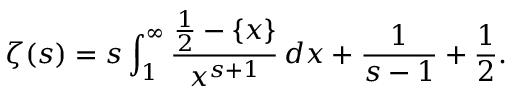
\zeta ( s ) = s \int _ { 1 } ^ { \infty } { \frac { { \frac { 1 } { 2 } } - \{ x \} } { x ^ { s + 1 } } } \, d x + { \frac { 1 } { s - 1 } } + { \frac { 1 } { 2 } } .